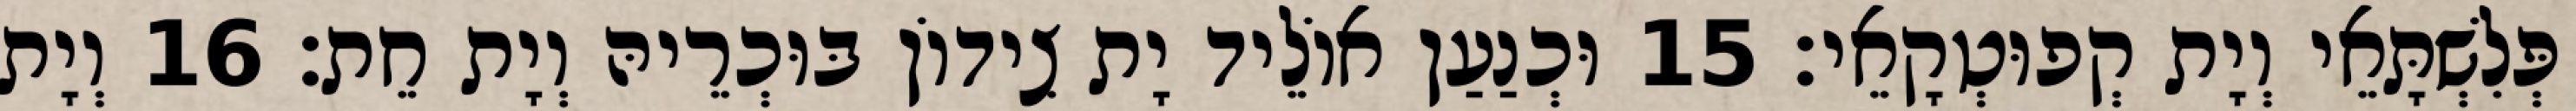
פְּלִשְׁתָּאֵי וְיָת קְפוּטְקָאֵי׃ 15 וּכְנַעַן אוֹלֵיד יָת צִידוֹן בּוּכְרֵיהּ וְיָת חֵת׃ 16 וְיָת